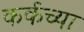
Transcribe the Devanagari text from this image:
कर्कच्या